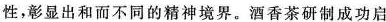
性，彰显出和而不同的精神境界。酒香茶研制成功启